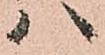
ハ